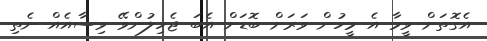
އެގޮތަށް ވީމާ އެ މީހުން ވަރަށް ބޮޑަށް އެބަ ޖެހިލުންވޭ ވިސާއެއް ނެތި